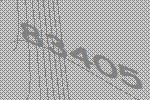
83405